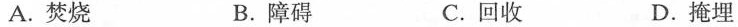
A.焚烧 B.障碍 C.回收 D.掩埋